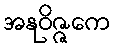
အနုဝိဇ္ဇကေ